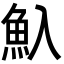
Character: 魞